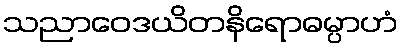
သညာဝေဒယိတနိရောဓမ္ပာဟံ